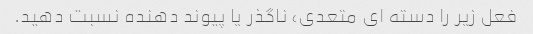
فعل زیر را دسته ای متعدی، ناگذر یا پیوند دهنده نسبت دهید.